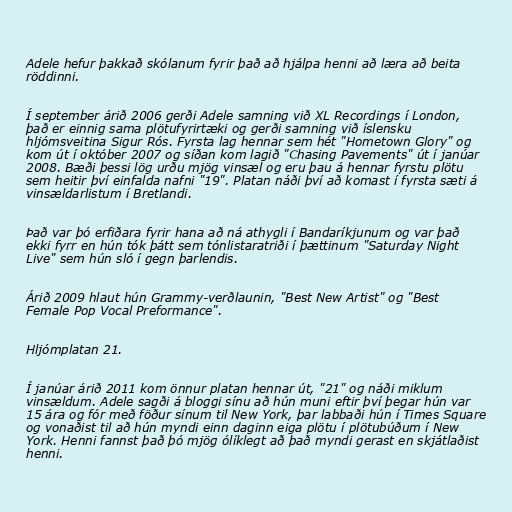
Adele hefur þakkað skólanum fyrir það að hjálpa henni að læra að beita
röddinni.

Í september árið 2006 gerði Adele samning við XL Recordings í London,
það er einnig sama plötufyrirtæki og gerði samning við íslensku
hljómsveitina Sigur Rós. Fyrsta lag hennar sem hét "Hometown Glory" og
kom út í október 2007 og síðan kom lagið "Chasing Pavements" út í janúar
2008. Bæði þessi lög urðu mjög vinsæl og eru þau á hennar fyrstu plötu
sem heitir því einfalda nafni "19". Platan náði því að komast í fyrsta sæti á
vinsældarlistum í Bretlandi.

Það var þó erfiðara fyrir hana að ná athygli í Bandaríkjunum og var það
ekki fyrr en hún tók þátt sem tónlistaratriði í þættinum "Saturday Night
Live" sem hún sló í gegn þarlendis.

Árið 2009 hlaut hún Grammy-verðlaunin, "Best New Artist" og "Best
Female Pop Vocal Preformance".

Hljómplatan 21.

Í janúar árið 2011 kom önnur platan hennar út, "21" og náði miklum
vinsældum. Adele sagði á bloggi sínu að hún muni eftir því þegar hún var
15 ára og fór með föður sínum til New York, þar labbaði hún í Times Square
og vonaðist til að hún myndi einn daginn eiga plötu í plötubúðum í New
York. Henni fannst það þó mjög ólíklegt að það myndi gerast en skjátlaðist
henni.